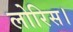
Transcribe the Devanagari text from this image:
लोरिस।